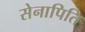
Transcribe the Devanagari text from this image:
सेनापिति